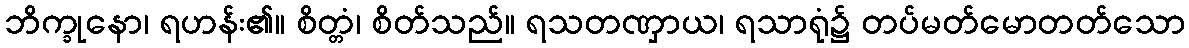
ဘိက္ခုနော၊ ရဟန်း၏။ စိတ္တံ၊ စိတ်သည်။ ရသတဏှာယ၊ ရသာရုံ၌ တပ်မတ်မောတတ်သော